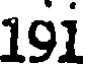
19i